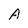
Character: A